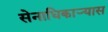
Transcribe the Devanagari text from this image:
सेनाधिकार्‍यास